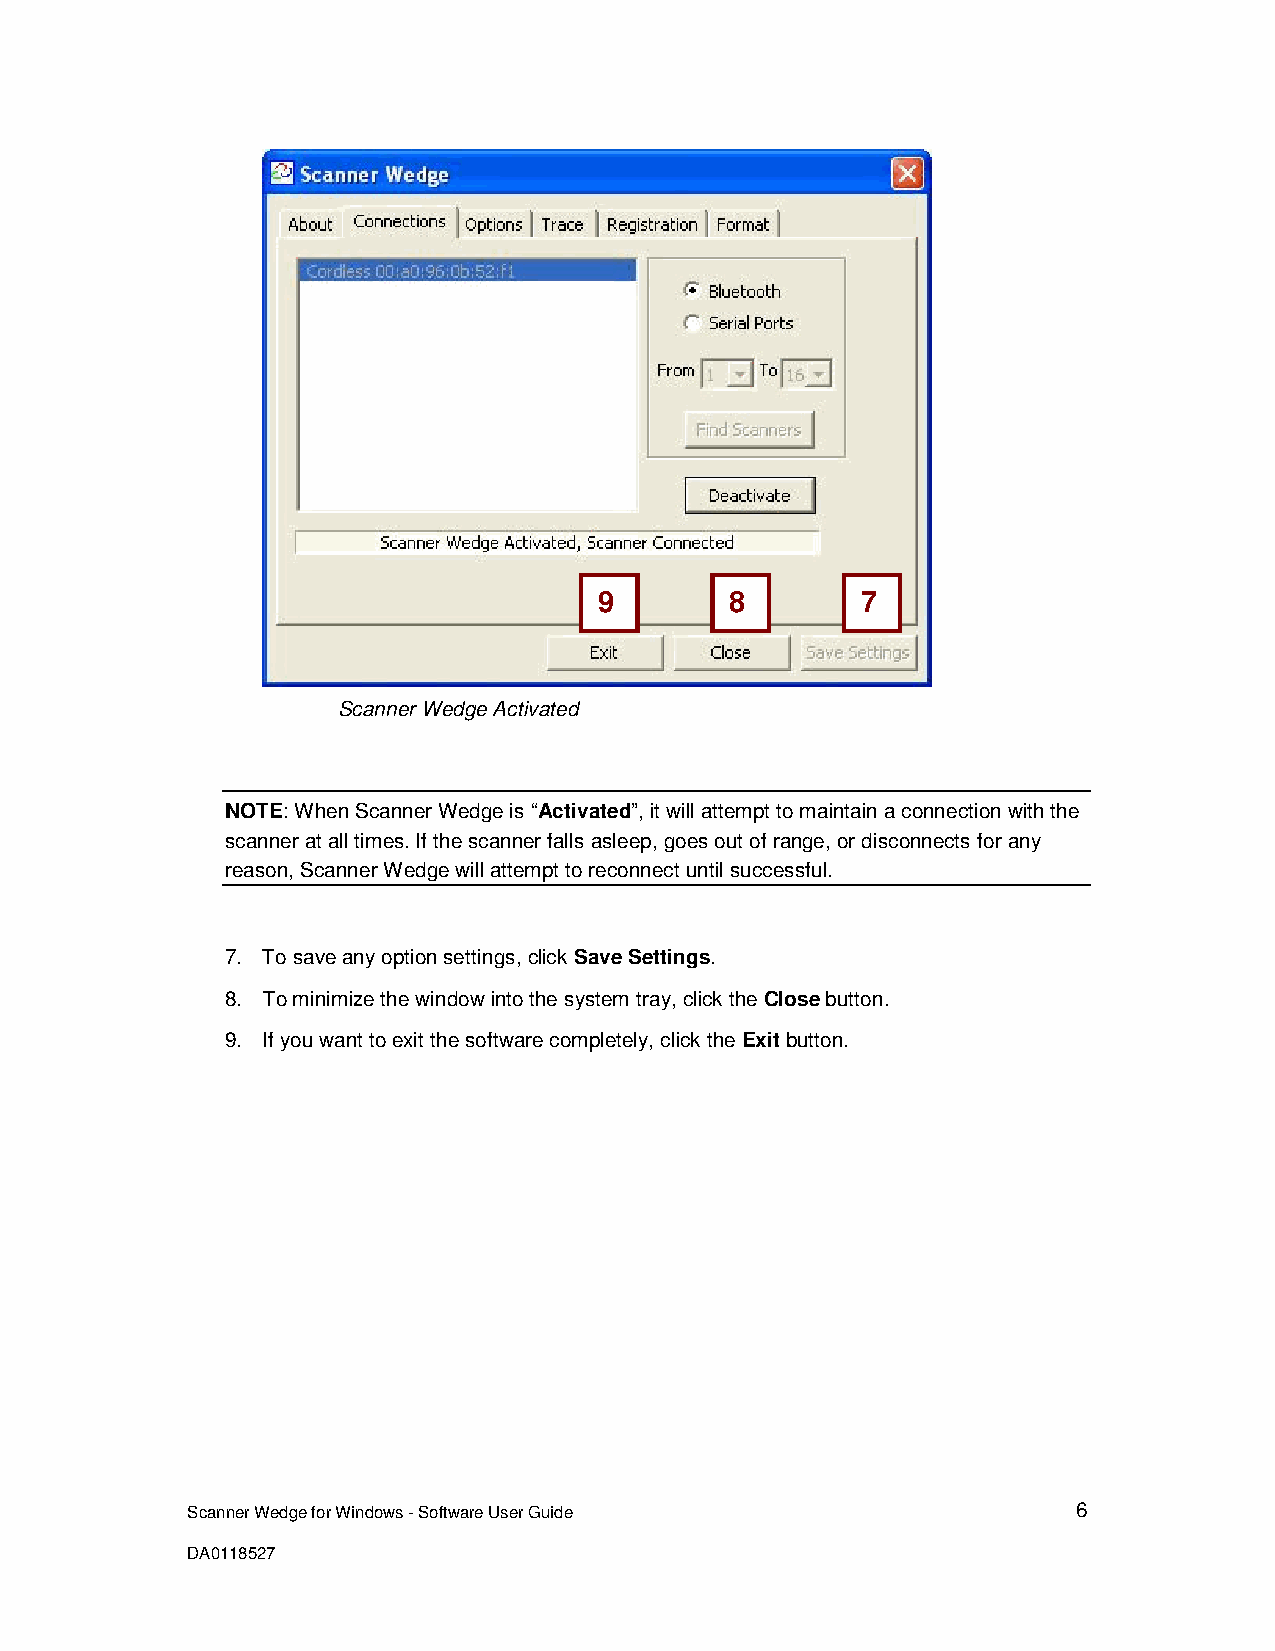
9       8        7
 Scanner Wedge Activated
 NOTE: When Scanner Wedge is “Activated”, it will attempt to maintain a connection with the
 scanner at all times. If the scanner falls asleep, goes out of range, or disconnects for any
 reason, Scanner Wedge will attempt to reconnect until successful.
 7. To save any option settings, click Save Settings.
 8. To minimize the window into the system tray, click the Close button.
 9. If you want to exit the software completely, click the Exit button.
 Scanner Wedge for Windows - Software User Guide            6
 DA0118527